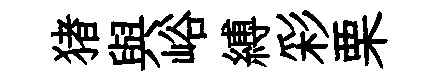
猪與峪縛彩栗